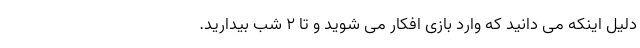
دلیل اینکه می دانید که وارد بازی افکار می شوید و تا 2 شب بیدارید.